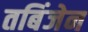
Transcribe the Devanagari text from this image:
तबिंजेन